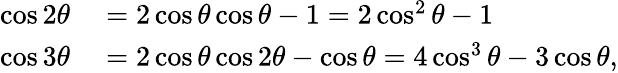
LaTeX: \begin{array}{rl}{\cos 2\theta}&{{}=2\cos\theta\cos\theta-1=2\cos^{2}\theta-1}\\ {\cos 3\theta}&{{}=2\cos\theta\cos 2\theta-\cos\theta=4\cos^{3}\theta-3\cos\theta,}\end{array}